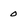
Character: 0